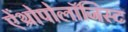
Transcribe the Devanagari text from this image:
ऐंथ्रोपोलॉजिस्ट